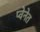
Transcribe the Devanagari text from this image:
प्वेनेत